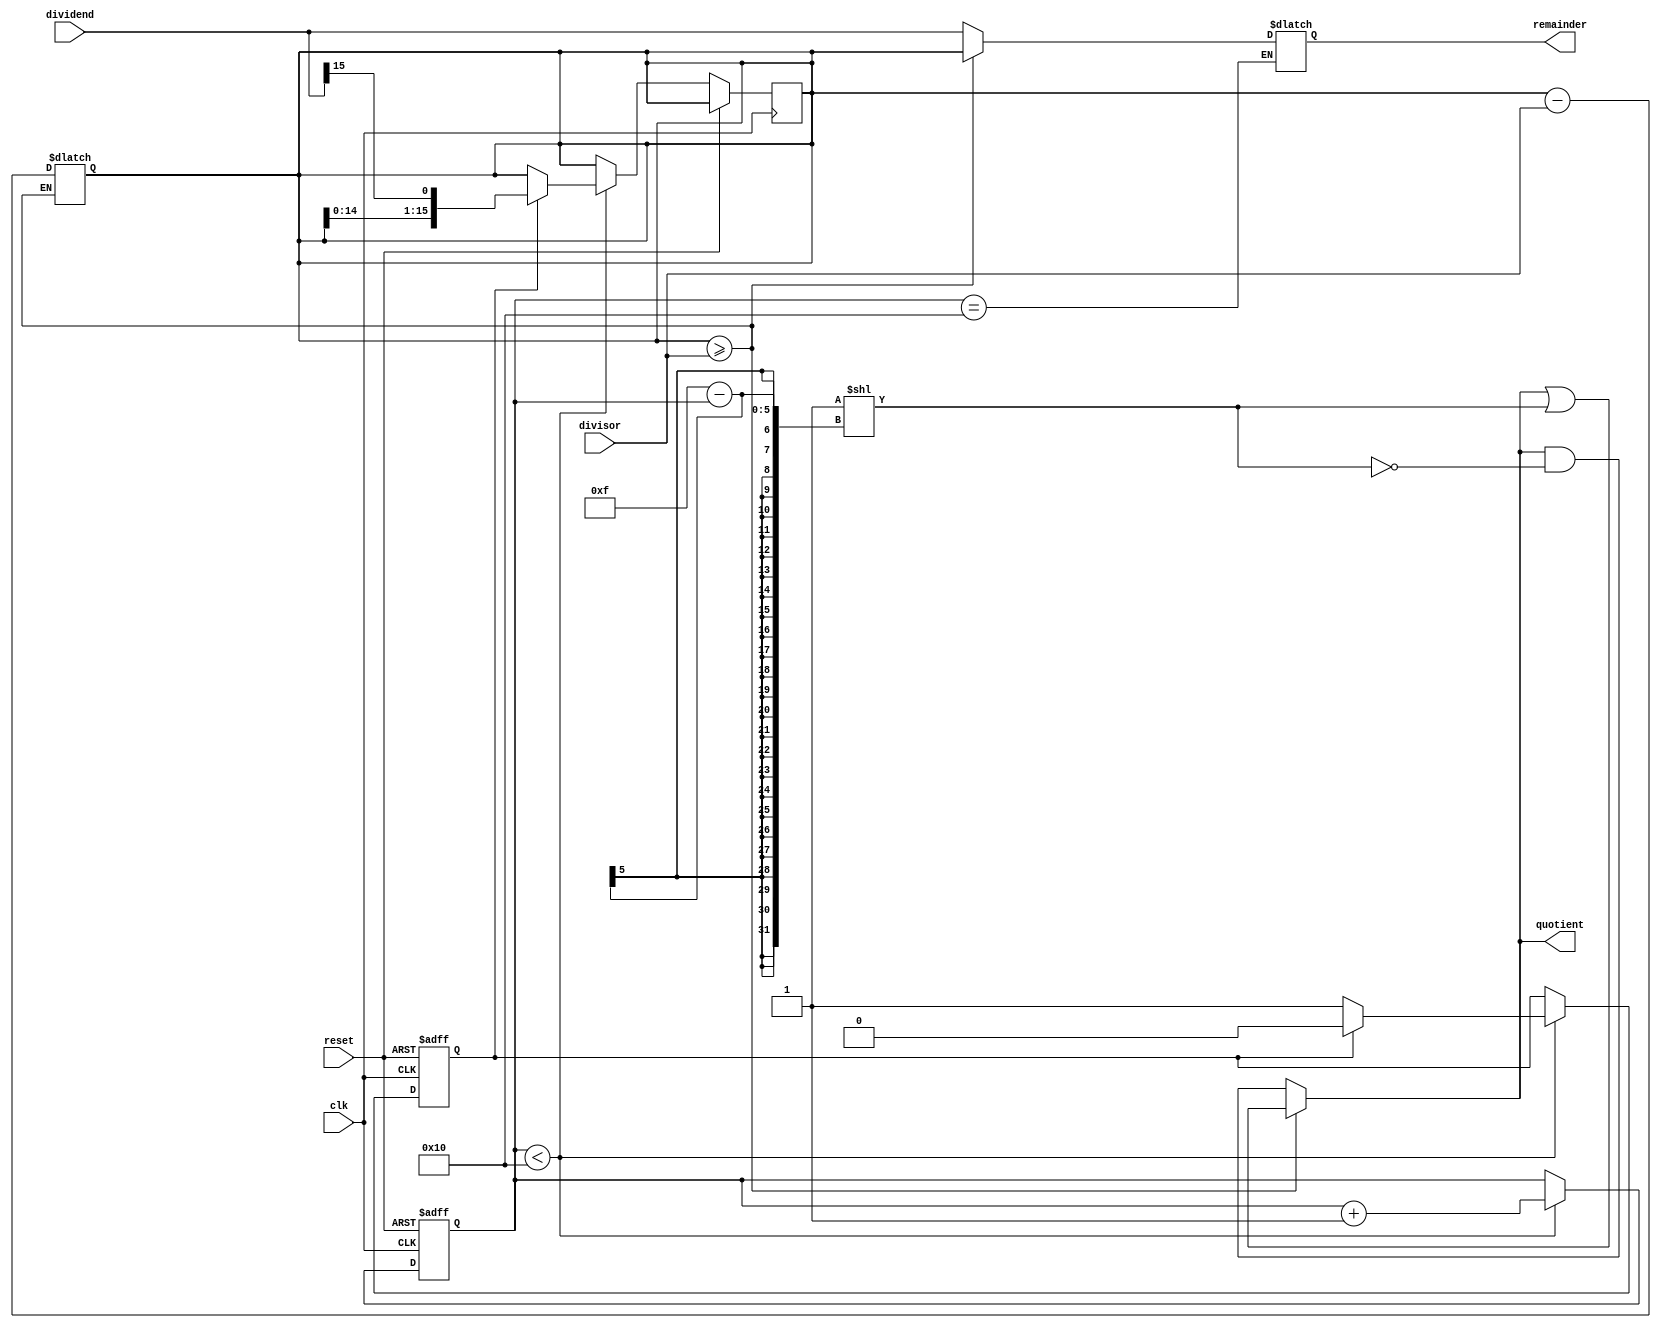
module Restoring_Divider (
    input wire clk,
    input wire reset,
    input wire [15:0] dividend,
    input wire [15:0] divisor,
    output reg [15:0] quotient,
    output reg [15:0] remainder
);

reg [15:0] div_result;
reg [4:0] count;
reg shift_enable;

// Control unit
always @(posedge clk or posedge reset) begin
    if (reset) begin
        count <= 0;
        shift_enable <= 0;
    end else begin
        if (count < 16) begin
            count <= count + 1;
            if (shift_enable) begin
                div_result <= {div_result[14:0], dividend[15]};
                shift_enable <= 0;
            end else begin
                shift_enable <= 1;
            end
        end
    end
end

// Arithmetic logic
always @* begin
    if (div_result >= divisor) begin
        div_result <= div_result - divisor;
        quotient <= quotient | (1 << (15 - count));
    end else begin
        quotient <= quotient & ~(1 << (15 - count));
    end
end

// Comparator unit
always @* begin
    if (count == 16) begin
        if (div_result >= divisor) begin
            remainder <= div_result;
        end else begin
            remainder <= dividend;
        end
    end
end

endmodule